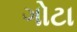
ગોટા